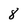
Character: 8